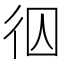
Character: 𭛢